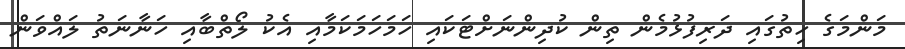
މަންމަގެ ހިތުގައި ދަރިފުޅުމެން ތިން ކުދިންނަށްޓަކައި ހަމަހަމަކަމާއި އެކު ލޯތްބާއި ހަނާނަތު ލައްވަން